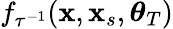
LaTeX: f_{\tau^{-1}}(\mathbf{x},\mathbf{x}_{s},\boldsymbol{\theta}_{T})